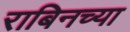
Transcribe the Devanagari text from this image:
राबिनच्या